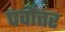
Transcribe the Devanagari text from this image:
पर्वोत्तर